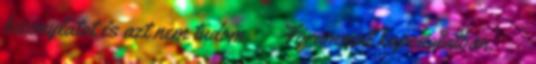
bizonylatot és azt nem tudom ↳ Fórummal kapcsolatban. ↳